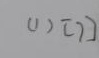
( 1 ) [ 7 ]